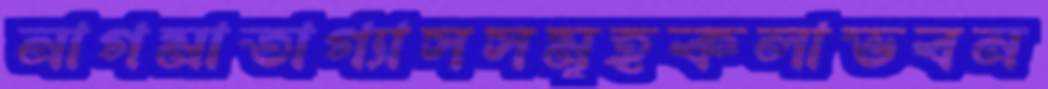
নাগমাতাগ্যাসসমূহকলাভবন